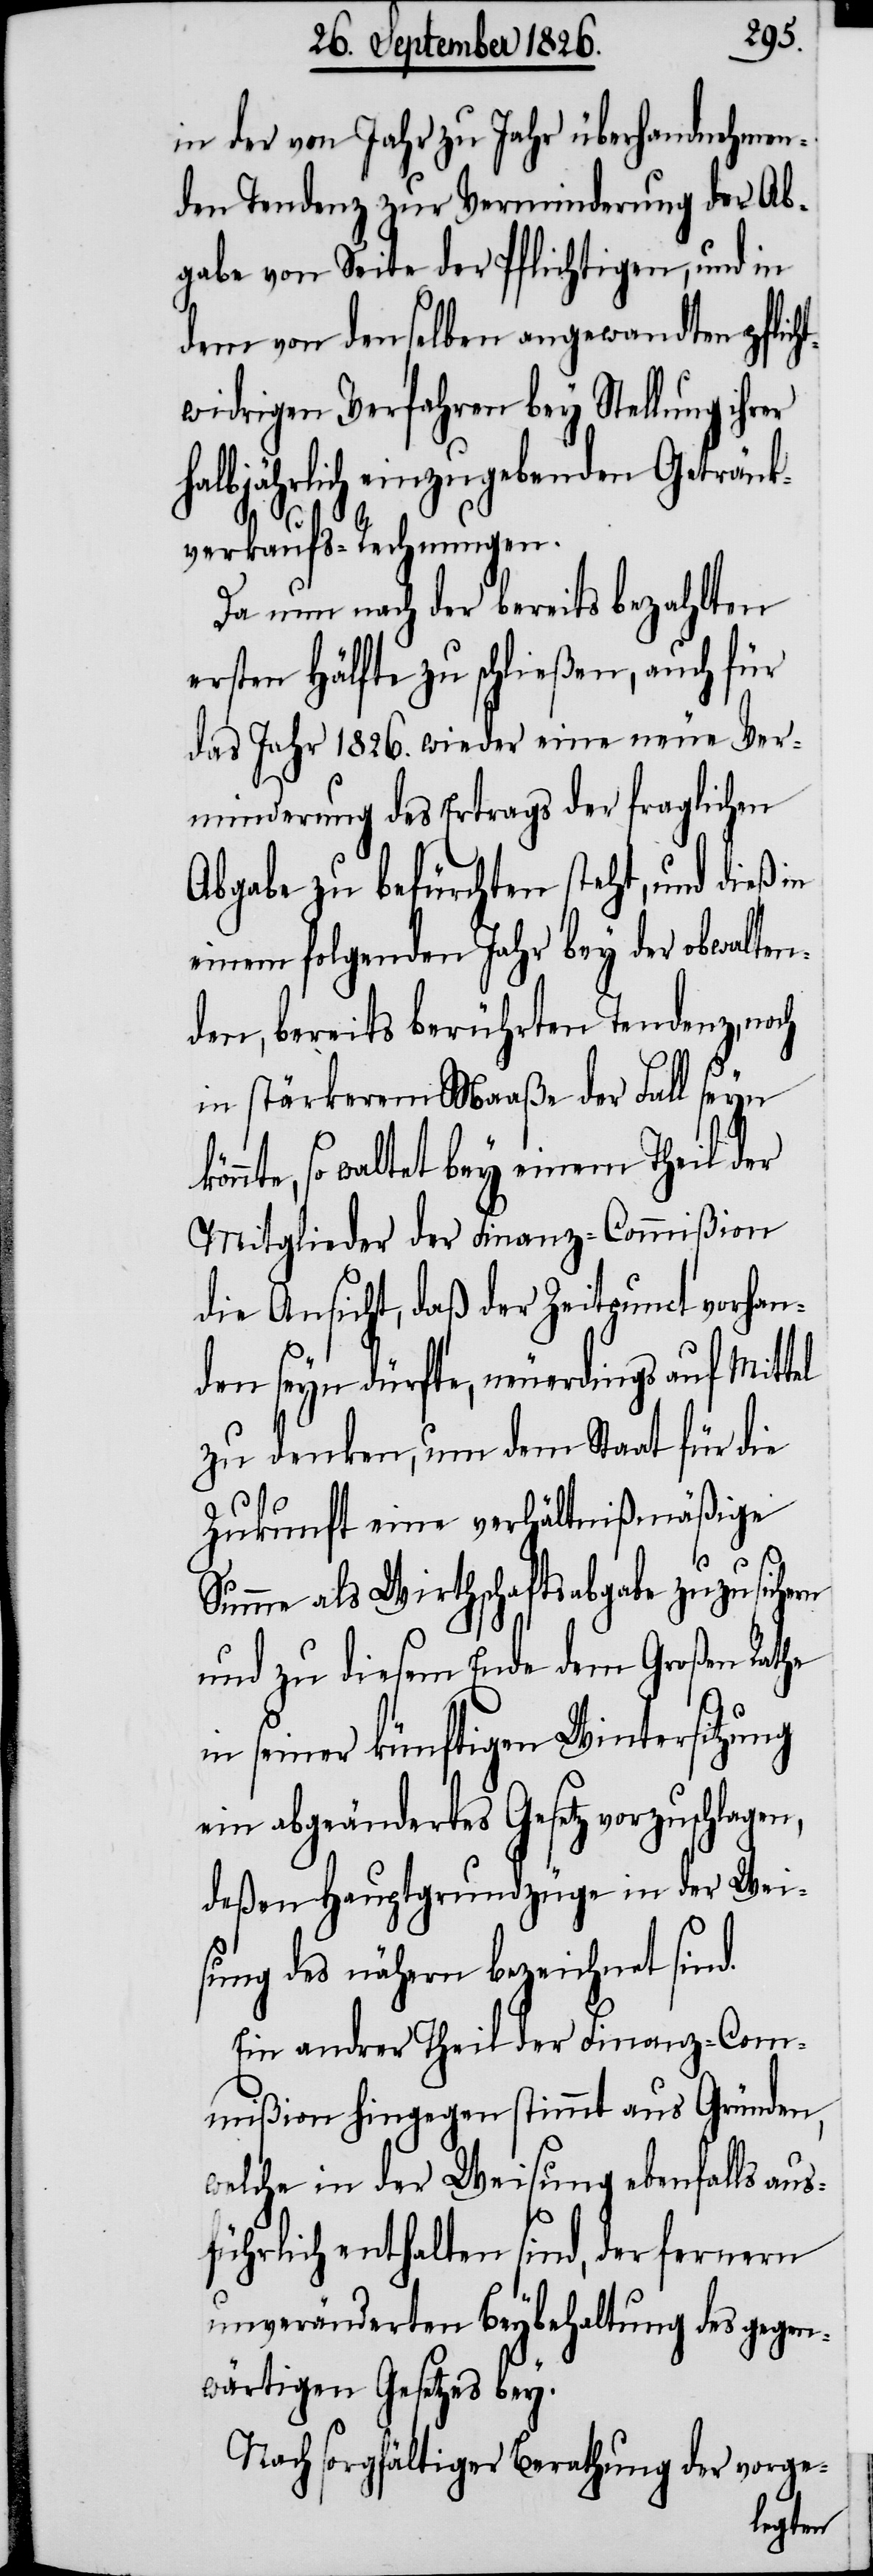
ha¬
in der von Jahr zu Jahr überhandnehmen¬
den Tendenz zur Verminderung der Ab¬
gabe von Seite der Pflichtigen, und in
dem von denselben angewandten pflich¬
twidrigen Verfahren bey Stellung ihrer
lbjährlich einzugebenden Getränk¬
verkaufs-Rechnungen.
Da nun nach der bereits bezahlten
ersten Hälfte zu schließen, auch für
das Jahr 1826. wieder eine neue Ver¬
minderung des Ertrags der fraglichen
Abgabe zu befürchten steht, und dieß in
einem folgenden Jahr bey der obwalten¬
den, bereits berührten Tendenz, noch
in stärkerem Maaße der Fall seyn
könnte, so waltet bey einem Theil der
Mitglieder der Finanz-Commißion
die Ansicht, daß der Zeitpunct vorhan¬
den seyn dürfte, neuerdings auf Mittel
zu denken, um dem Staat für die
Zukunft eine verhältnißmäßige
Summe als Wirthschaftsabgabe zuzusichern
und zu diesem Ende dem Großen Rathe
in seiner künftigen Wintersitzung
ein abgeändertes Gesetz vorzuschlagen,
deßen Hauptgrundzüge in der Wei¬
sung des nähern bezeichnet sind.
Ein andrer Theil der Finanz-Com¬
mißion hingegen stimmt aus Gründen,
welche in der Weisung ebenfalls aus¬
führlich enthalten sind, der fernern
unveränderten Beybehaltung des gegen¬
wärtigen Gesetzes bey.
Nach sorgfältiger Berathung der vorge-